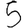
Digit: 5